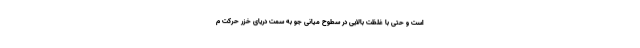
است و حتی با غلظت بالایی در سطوح میانی جو به سمت دریای خزر حرکت م